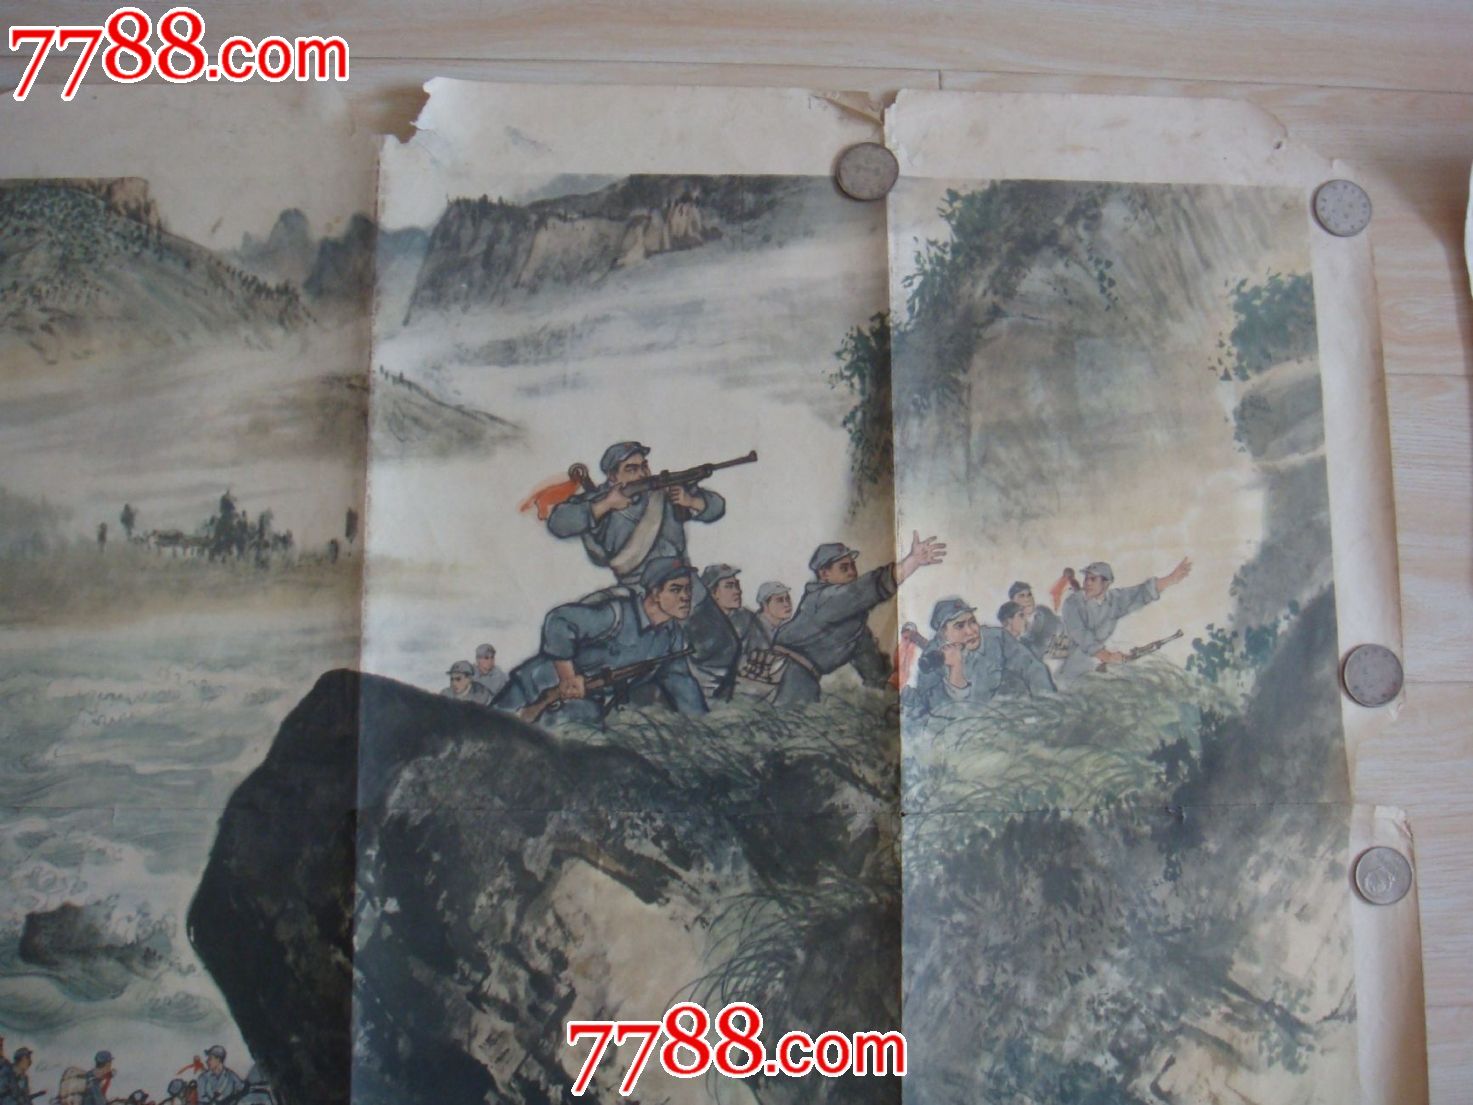
志士不忘在沟壑，勇士不忘丧其元。